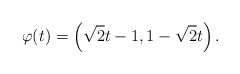
\begin{align*}\varphi(t) = \left(\sqrt 2 t - 1, 1 - \sqrt 2 t\right).\end{align*}